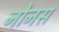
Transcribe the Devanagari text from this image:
नोनस